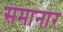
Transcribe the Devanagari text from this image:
समानार